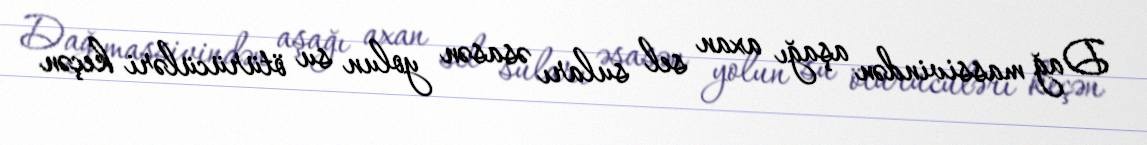
Dağ massivindən aşağı axan sel suları əsasən yolun su ötürücüləri keçən